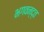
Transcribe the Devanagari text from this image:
भगवन्द्त